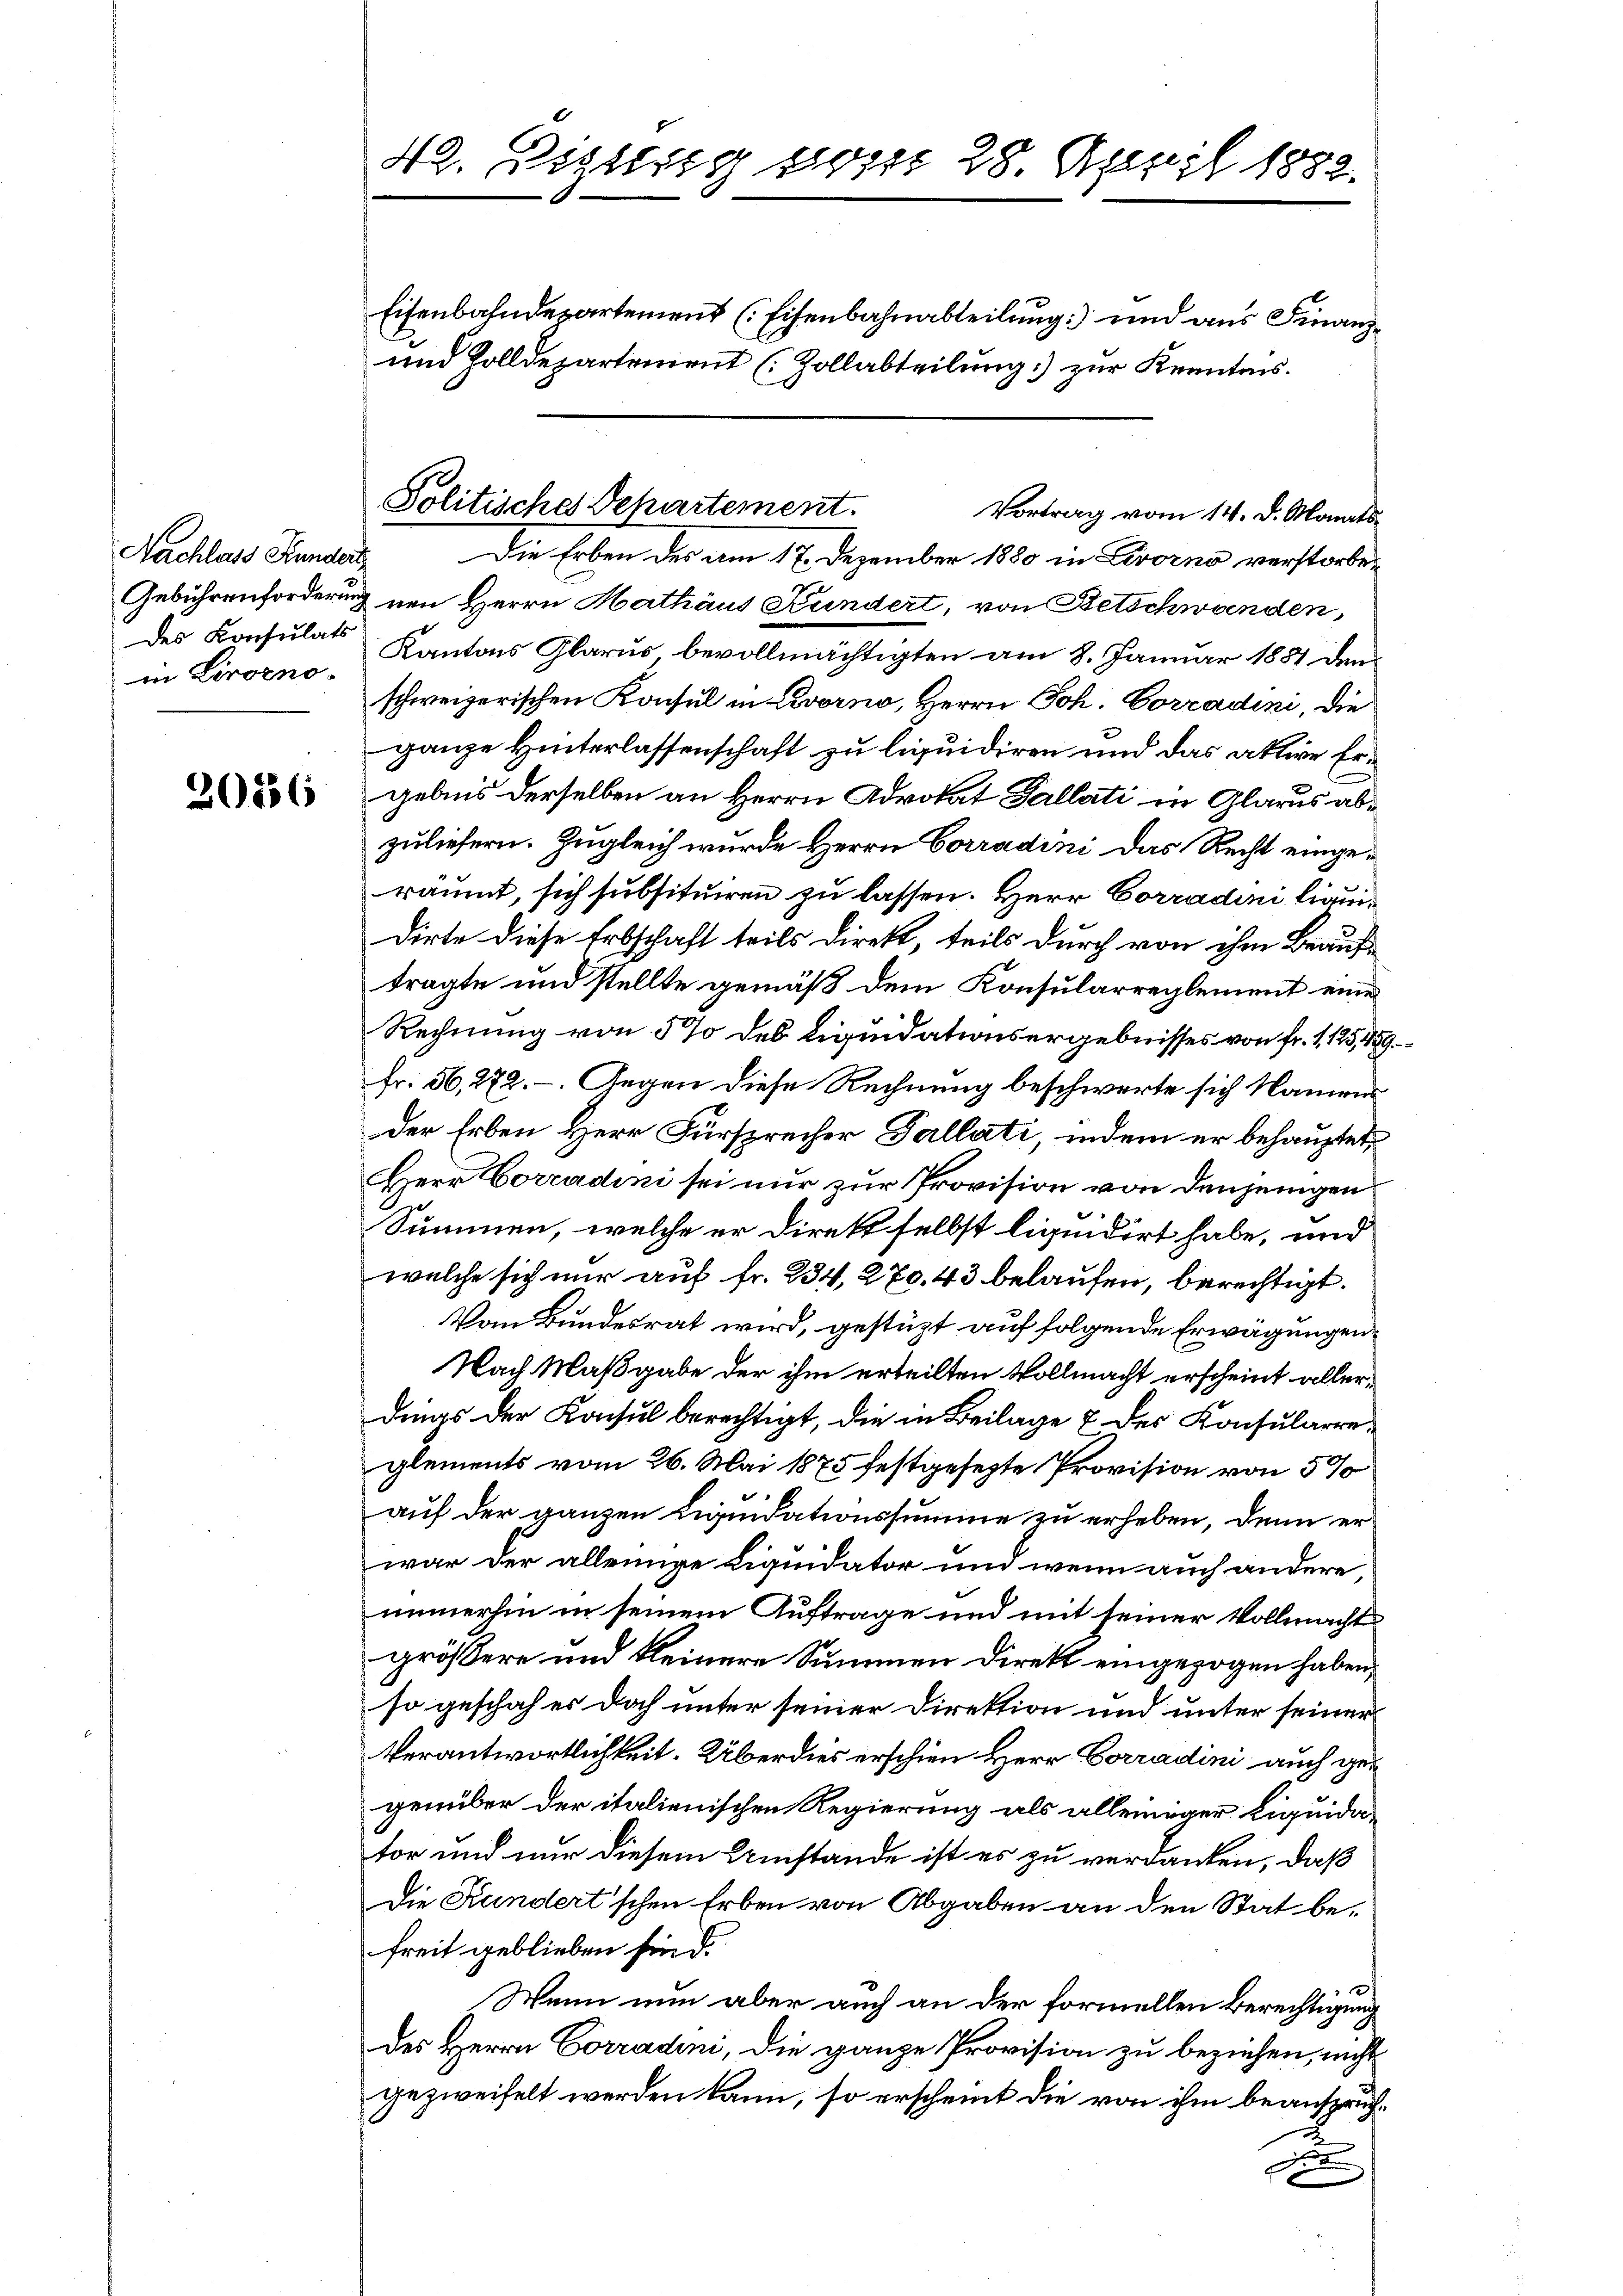
Nachlass Handert,
des Konsulats
in Livorno.

20556

42. Dizung vom 28. April 1882.

Die Erben des am 17. Dezember 1880 in Livorno verstorbe¬
Gebührenforderung nen Herrn Hathäus Hundert, von Betschwanden,
Kantons Glarus bevollmächtigten am 8. Januar 1881 denschweizerischen Konsul in Livorno, Herrn Joh. Corradini, die
ganze Hinterlassenschaft zu liquidiren und das aktive Ergebnis derselben an Herrn Advokat Gallati in Glarus abzuliefern. Zugleich wurde Herrn Corradini das Recht eingeräumt, sich subsituiren zu lassen. Herr Corradini liquidirte diese Erbschaft teils direkt, teils durch von ihm Beauftragte und stellte gemäß dem Konsularreglement eine
Rechnung von 5% des Liquidationsergebnisses von fr. 1125,459.
fr. 56, 272. — Gegen diese Rechnung beschwerte sich Namens
der Erben Herr Fürsprecher Gallati, indem er behauptet,
Herr Corradini sei nur zur Provision von denjenigen
Summen, welche er direkt selbst liquidirt habe, und
welche sich nur auf fr. 234, 270. 43 belaufen, berechtigt.
Vom Bundesrat wird, gestützt auf folgende Erwägungen
Nach Maßgabe der ihm erteilten Vollmacht erscheint allerdings der Konsul berechtigt, die in Beilage & des Konsularre-
glements vom 26. Mai 1875 festgesezte Provision von 5%
auf der ganzen Liquidationssumme zu erheben, denn er
war der alleinige Liquidator und wenn auch andere,
immerhin in seinem Auftrage und mit seiner Vollmacht
größere und kleinere Summen Direkt eingezogen haben,
so geschah es doch unter seiner Direktion und unter seiner
Verantwortlichkeit. Überdies erschien Herr Corradini auch gegenüber der italienischen Regierung als alleiniger Liquidator und nur diesem Umstände ist es zu verdanken, daß
Die Kundert’schen Erben von Abgaben an den Stat befreit geblieben sind.
Wenn nun aber auch an der formellen Berechtigung
des Herrn Corradini, die ganze Provision zu beziehen, nicht
gezweifelt werden kann, so erscheint die von ihm beansprücha

Eisenbahndepartement (Eisenbahnabteilung) und aus Finanz¬
und Zolldepartement (Zollabteilung) zur Kenntnis.

Politisches Departement.
Vortrag vom 14. d. Manats¬